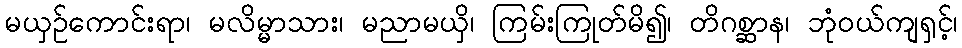
မယှဉ်ကောင်းရာ၊ မလိမ္မာသား၊ မညာမယှိ၊ ကြမ်းကြုတ်မိ၍၊ တိဂစ္ဆာန၊ ဘုံဝယ်ကျရှင့်၊